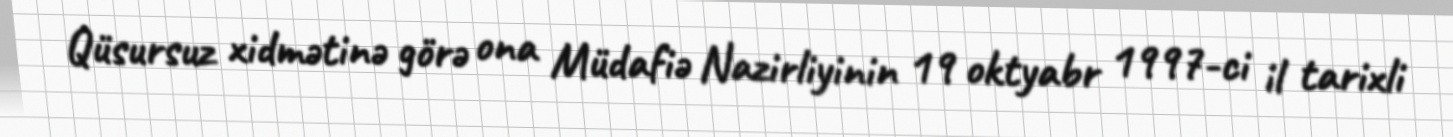
Qüsursuz xidmətinə görə ona Müdafiə Nazirliyinin 19 oktyabr 1997-ci il tarixli